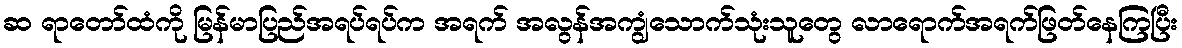
ဆ ရာတော်ထံကို မြန်မာပြည်အရပ်ရပ်က အရက် အလွန်အကျွံသောက်သုံးသူတွေ လာရောက်အရက်ဖြတ်နေကြပြီး